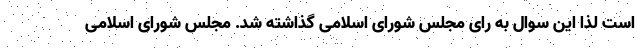
است لذا این سوال به رای مجلس شورای اسلامی گذاشته شد. مجلس شورای اسلامی